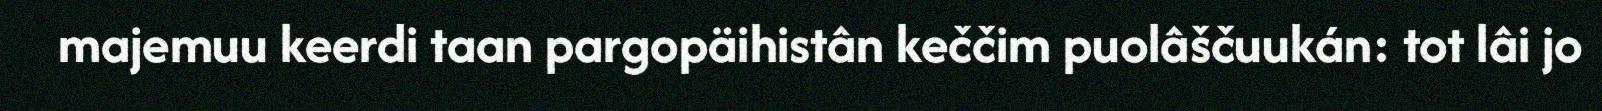
majemuu keerdi taan pargopäihistân keččim puolâščuukán: tot lâi jo